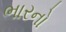
ભારનો